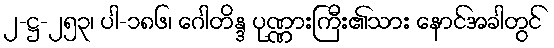
၂-ဋ္ဌ-၂၅၃၊ ပါ-၁၈၆၊ ဂေါတိန္ဒ ပုဏ္ဏားကြီး၏သား နောင်အခါတွင်